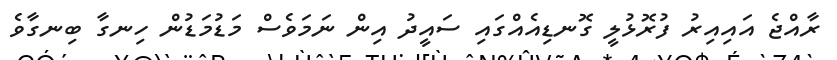
ރާއްޖެ އައިއިރު ފުރޮޅުލީ ގޮނޑިއެއްގައި ސައީދު އިން ނަމަވެސް މަޑުމަޑުން ހިނގާ ބިނގާވެ